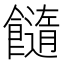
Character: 𩟆